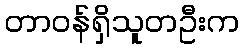
တာဝန်ရှိသူတဦးက